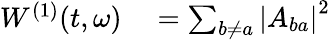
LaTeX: \begin{array}{rl}{W^{(1)}(t,\omega)}&{{}=\sum_{b\neq a}\left|A_{ba}\right|^{2}}\end{array}